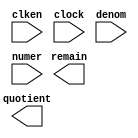
// megafunction wizard: %LPM_DIVIDE%VBB%
// GENERATION: STANDARD
// VERSION: WM1.0
// MODULE: LPM_DIVIDE 

// ============================================================
// Megafunction Name(s):
// 			LPM_DIVIDE
//
// Simulation Library Files(s):
// 			lpm
// ============================================================
// ************************************************************
// THIS IS A WIZARD-GENERATED FILE. DO NOT EDIT THIS FILE!
//
// 13.1.4 Build 182 03/12/2014 SJ Web Edition
// ************************************************************

//Copyright (C) 1991-2014 Altera Corporation
//Your use of Altera Corporation's design tools, logic functions 
//and other software and tools, and its AMPP partner logic 
//functions, and any output files from any of the foregoing 
//(including device programming or simulation files), and any 
//associated documentation or information are expressly subject 
//to the terms and conditions of the Altera Program License 
//Subscription Agreement, Altera MegaCore Function License 
//Agreement, or other applicable license agreement, including, 
//without limitation, that your use is for the sole purpose of 
//programming logic devices manufactured by Altera and sold by 
//Altera or its authorized distributors.  Please refer to the 
//applicable agreement for further details.

module LPM_DIV (
	clken,
	clock,
	denom,
	numer,
	quotient,
	remain);

	input	  clken;
	input	  clock;
	input	[28:0]  denom;
	input	[34:0]  numer;
	output	[34:0]  quotient;
	output	[28:0]  remain;

endmodule

// ============================================================
// CNX file retrieval info
// ============================================================
// Retrieval info: PRIVATE: INTENDED_DEVICE_FAMILY STRING "Cyclone IV E"
// Retrieval info: PRIVATE: PRIVATE_LPM_REMAINDERPOSITIVE STRING "TRUE"
// Retrieval info: PRIVATE: PRIVATE_MAXIMIZE_SPEED NUMERIC "-1"
// Retrieval info: PRIVATE: SYNTH_WRAPPER_GEN_POSTFIX STRING "0"
// Retrieval info: PRIVATE: USING_PIPELINE NUMERIC "1"
// Retrieval info: PRIVATE: VERSION_NUMBER NUMERIC "2"
// Retrieval info: PRIVATE: new_diagram STRING "1"
// Retrieval info: LIBRARY: lpm lpm.lpm_components.all
// Retrieval info: CONSTANT: LPM_DREPRESENTATION STRING "UNSIGNED"
// Retrieval info: CONSTANT: LPM_HINT STRING "LPM_REMAINDERPOSITIVE=TRUE"
// Retrieval info: CONSTANT: LPM_NREPRESENTATION STRING "UNSIGNED"
// Retrieval info: CONSTANT: LPM_PIPELINE NUMERIC "100"
// Retrieval info: CONSTANT: LPM_TYPE STRING "LPM_DIVIDE"
// Retrieval info: CONSTANT: LPM_WIDTHD NUMERIC "29"
// Retrieval info: CONSTANT: LPM_WIDTHN NUMERIC "35"
// Retrieval info: USED_PORT: clken 0 0 0 0 INPUT NODEFVAL "clken"
// Retrieval info: USED_PORT: clock 0 0 0 0 INPUT NODEFVAL "clock"
// Retrieval info: USED_PORT: denom 0 0 29 0 INPUT NODEFVAL "denom[28..0]"
// Retrieval info: USED_PORT: numer 0 0 35 0 INPUT NODEFVAL "numer[34..0]"
// Retrieval info: USED_PORT: quotient 0 0 35 0 OUTPUT NODEFVAL "quotient[34..0]"
// Retrieval info: USED_PORT: remain 0 0 29 0 OUTPUT NODEFVAL "remain[28..0]"
// Retrieval info: CONNECT: @clken 0 0 0 0 clken 0 0 0 0
// Retrieval info: CONNECT: @clock 0 0 0 0 clock 0 0 0 0
// Retrieval info: CONNECT: @denom 0 0 29 0 denom 0 0 29 0
// Retrieval info: CONNECT: @numer 0 0 35 0 numer 0 0 35 0
// Retrieval info: CONNECT: quotient 0 0 35 0 @quotient 0 0 35 0
// Retrieval info: CONNECT: remain 0 0 29 0 @remain 0 0 29 0
// Retrieval info: GEN_FILE: TYPE_NORMAL LPM_DIV.v TRUE
// Retrieval info: GEN_FILE: TYPE_NORMAL LPM_DIV.inc FALSE
// Retrieval info: GEN_FILE: TYPE_NORMAL LPM_DIV.cmp FALSE
// Retrieval info: GEN_FILE: TYPE_NORMAL LPM_DIV.bsf FALSE
// Retrieval info: GEN_FILE: TYPE_NORMAL LPM_DIV_inst.v FALSE
// Retrieval info: GEN_FILE: TYPE_NORMAL LPM_DIV_bb.v TRUE
// Retrieval info: LIB_FILE: lpm